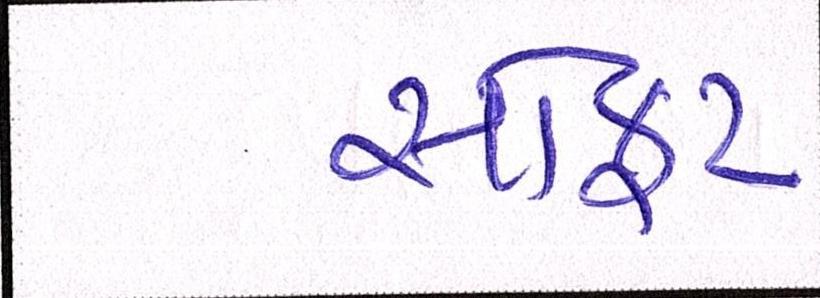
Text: સોફ્ટ